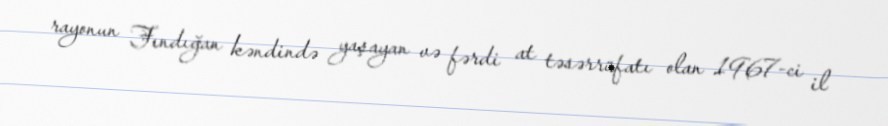
rayonun Fındığan kəndində yaşayan və fərdi at təsərrüfatı olan 1967-ci il